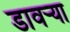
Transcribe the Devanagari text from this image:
डावर्‍या